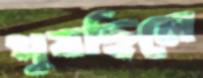
পুষছিলে